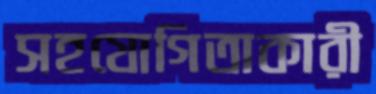
সহযোগিতাকারী